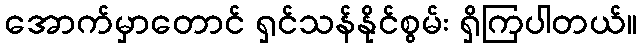
အောက်မှာတောင် ရှင်သန်နိုင်စွမ်း ရှိကြပါတယ်။